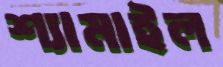
শ্যামাইল